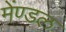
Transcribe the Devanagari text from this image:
मेंण्डल